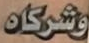
وشركاه